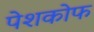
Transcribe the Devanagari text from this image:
पेशकोफ